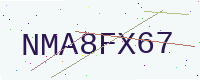
Text: NMA8FX67